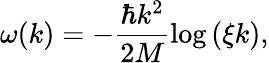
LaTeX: \omega(k)=-\frac{\hbar k^{2}}{2M}\log\left(\xi k\right),